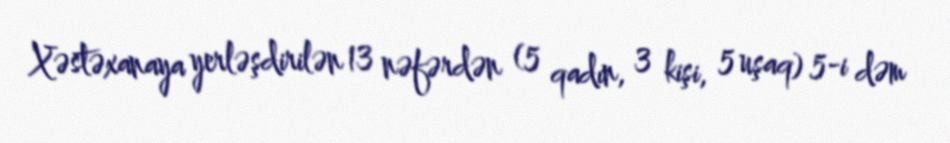
Xəstəxanaya yerləşdirilən 13 nəfərdən (5 qadın, 3 kişi, 5 uşaq) 5-i dəm